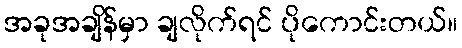
အခုအချိန်မှာ ချလိုက်ရင် ပိုကောင်းတယ်။